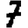
Digit: 7